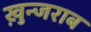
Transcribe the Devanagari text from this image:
ख़ुन्जराब